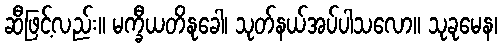
ဆီဖြင့်လည်း။ မက္ခီယတိနုခေါ၊ သုတ်နယ်အပ်ပါသလော။ သုခုမေန၊